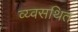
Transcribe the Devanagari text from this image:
व्य्वसथित